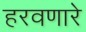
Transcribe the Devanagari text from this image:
हरवणारे